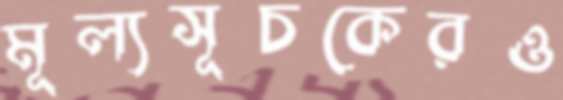
মূল্যসূচকেরও